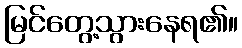
မြင်တွေ့သွားနေရ၏။